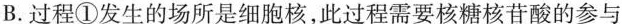
B.过程①发生的场所是细胞核，此过程需要核糖核苷酸的参与